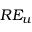
R E _ { u }